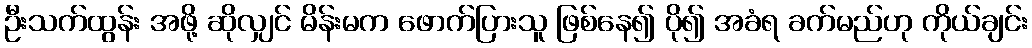
ဦးသက်ထွန်း အဖို့ ဆိုလျှင် မိန်းမက ဖောက်ပြားသူ ဖြစ်နေ၍ ပို၍ အခံရ ခက်မည်ဟု ကိုယ်ချင်း